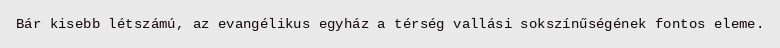
Bár kisebb létszámú, az evangélikus egyház a térség vallási sokszínűségének fontos eleme.